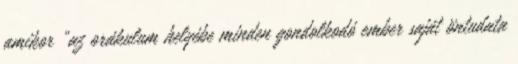
amikor „az orákulum helyébe minden gondolkodó ember saját öntudata